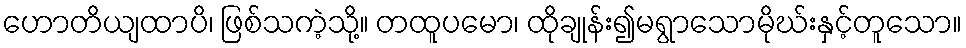
ဟောတိယျထာပိ၊ ဖြစ်သကဲ့သို့။ တထူပမော၊ ထိုချုန်း၍မရွာသောမိုဃ်းနှင့်တူသော။